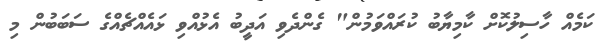
ކަމެއް ހާސިލުކޮށް ކާމިޔާބު ކުރައްވަމުން" ގެންދެވި އަދީބު އެޅުއްވި ޅައެއްޗެއްގެ ސަބަބުން މި